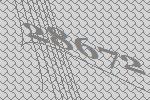
28672